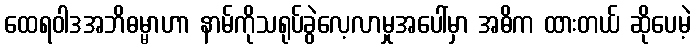
ထေရဝါဒအဘိဓမ္မာဟာ နာမ်ကိုသရုပ်ခွဲလေ့လာမှုအပေါ်မှာ အဓိက ထားတယ် ဆိုပေမဲ့